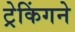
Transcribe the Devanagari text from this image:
ट्रेकिंगने